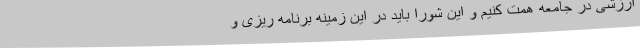
ارزشی در جامعه همت کنیم و این شورا باید در این زمینه برنامه ریزی و